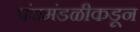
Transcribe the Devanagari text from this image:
पंचमंडळीकडून